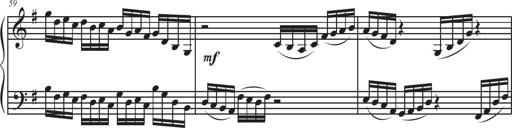
Title: Sonatina Espania
Composer: Jerald Franklin Archer
Key: Various